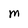
Character: M